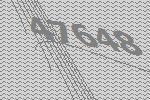
47648